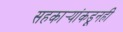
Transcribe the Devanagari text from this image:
सहकार्‍यांकडूनही